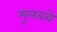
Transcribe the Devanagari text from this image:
मूलतत्वे